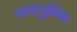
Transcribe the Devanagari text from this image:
पनडुब्बि